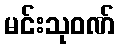
မင်းသုဝဏ်